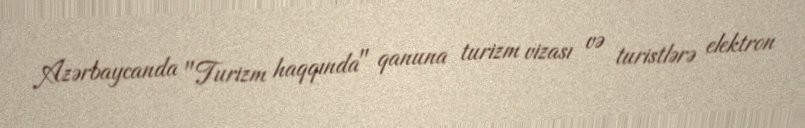
Azərbaycanda "Turizm haqqında" qanuna turizm vizası və turistlərə elektron